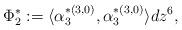
LaTeX: \begin{align*}\Phi^*_2:=\langle \alpha_{3}^{*(3,0)},\alpha_{3}^{*(3,0)}\rangle dz^6,\end{align*}